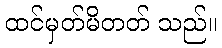
ထင်မှတ်မိတတ် သည်။